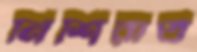
নিশিরাত